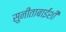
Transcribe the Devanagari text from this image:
सुनीताबाईंशी